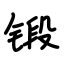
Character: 锻